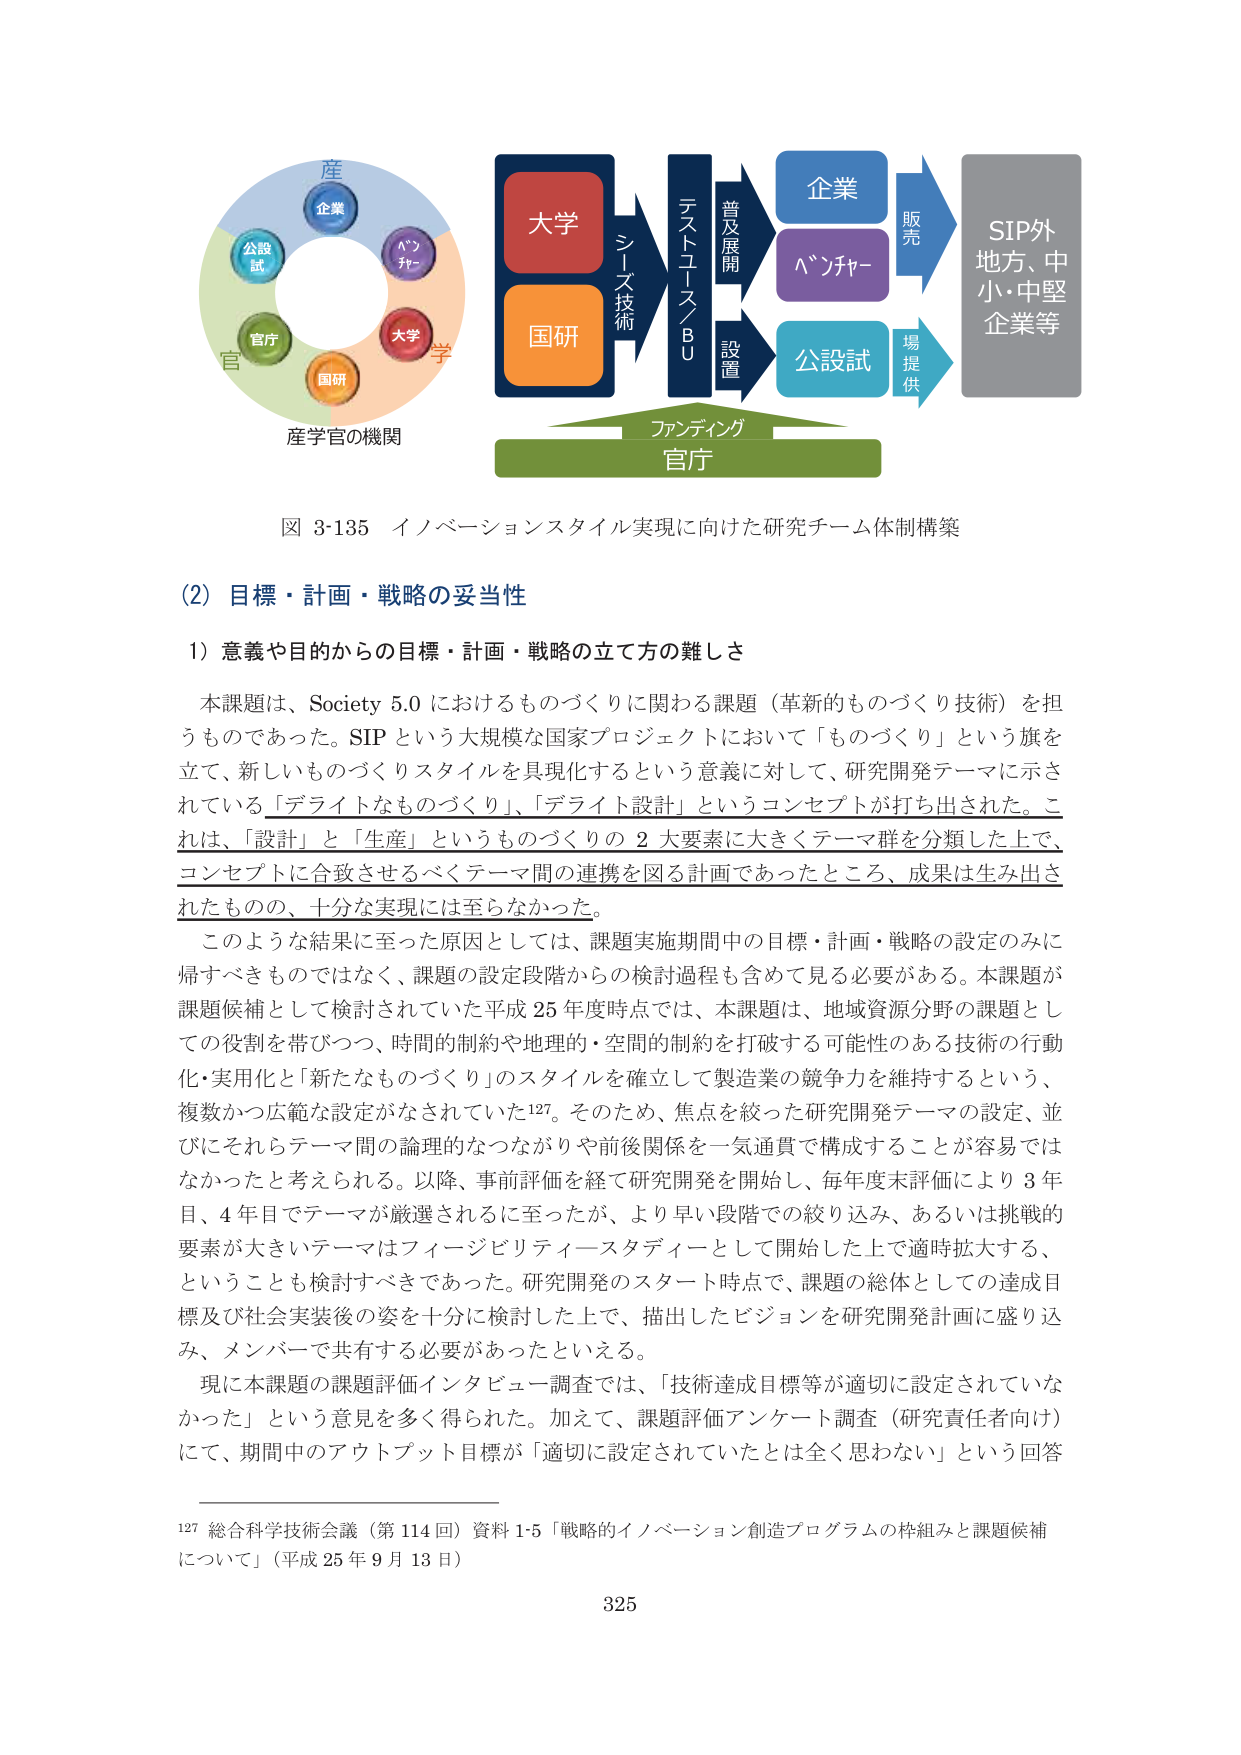
図 3-135 イノベーションスタイル実現に向けた研究チーム体制構築

(2) 目標・計画・戦略の妥当性

1) 意義や目的からの目標・計画・戦略の立て方の難しさ

本課題は、Society 5.0 におけるものづくりに関わる課題（革新的なものづくり技術）を担うものであった。SIP という大規模な国家プロジェクトにおいて「ものづくり」という旗を立て、新しいものづくりスタイルを具現化するという意義に対して、研究開発テーマに示されている「デライトなものづくり」、「デライト設計」というコンセプトが打ち出された。これは、「設計」と「生産」というものづくりの 2 大要素に大きくテーマ群を分類した上で、コンセプトに合致させるべくテーマ間の連携を図る計画であったところ、成果は生み出されたものの、十分な実現には至らなかった。

このような結果に至った原因としては、課題実施期間中の目標・計画・戦略の設定のみに帰すべきものではなく、課題の設定段階からの検討過程も含めて見る必要がある。本課題が課題候補として検討されていた平成 25 年度時点では、本課題は、地域資源分野の課題としての役割を帯びつつ、時間的制約や地理的・空間的制約を打破する可能性のある技術の行動化・実用化と「新たなものづくり」のスタイルを確立して製造業の競争力を維持するという、複数かつ広範な設定がなされていた127。そのため、焦点を絞った研究開発テーマの設定、並びにそれらテーマ間の論理的なつながりや前後関係を一気通貫で構成することが容易ではなかったと考えられる。以降、事前評価を経て研究開発を開始し、毎年度末評価により 3 年目、4 年目でテーマが厳選されるに至ったが、より早い段階での絞り込み、あるいは挑戦的要素が大きいテーマはフィージビリティースタディーとして開始した上で適時拡大する、ということも検討すべきであった。研究開発のスタート時点で、課題の総体としての達成目標及び社会実装後の姿を十分に検討した上で、描出したビジョンを研究開発計画に盛り込み、メンバーで共有する必要があったといえる。

現に本課題の課題評価インタビュー調査では、「技術達成目標等が適切に設定されていなかった」という意見を多く得られた。加えて、課題評価アンケート調査（研究責任者向け）にて、期間中のアウトプット目標が「適切に設定されていたとは全く思わない」という回答

127 総合科学技術会議（第 114 回）資料 1-5 「戦略的イノベーション創造プログラムの枠組みと課題候補について」（平成 25 年 9 月 13 日）

325

産
企業
公設
試
官庁
国研
大学
学
ア
ン
チ
ャ
ー
産学官の機関

大学
国研
シーズ技術
テストコース／BU
普及展開
設置
企業
ベンチャー
公設試
販売
場提供
SIP外
地方、中小・中堅
企業等
ファンドイング
官庁